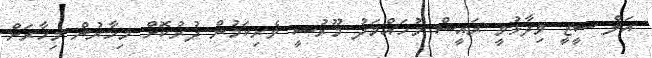
އަލް ސީޒީ ވިދާޅުވީ ރައީސް މުހައްމަދު މޫރުސީ ވެރިކަމުން ދުރުކޮށް މިހާރުން މިހާރަށް